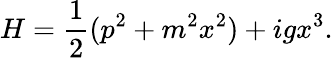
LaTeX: H={\frac{1}{2}}(p^{2}+m^{2}x^{2})+igx^{3}.